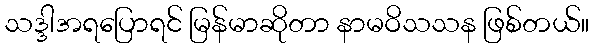
သဒ္ဒါအရပြောရင် မြန်မာဆိုတာ နာမဝိသသန ဖြစ်တယ်။